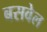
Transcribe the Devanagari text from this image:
बसवेल